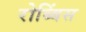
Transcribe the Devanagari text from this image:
रोब्बिंस